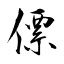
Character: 僄